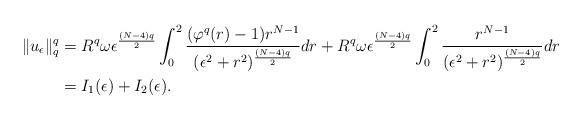
LaTeX: \begin{align*} \|u_{\epsilon}\|_{q}^{q}&=R^{q}\omega\epsilon^{\frac{(N-4)q}{2}}\int_{0}^{2}\frac{(\varphi^{q}(r)-1)r^{N-1}}{(\epsilon^{2}+r^{2})^{\frac{(N-4)q}{2}}}dr+R^{q}\omega\epsilon^{\frac{(N-4)q}{2}}\int_{0}^{2}\frac{r^{N-1}}{(\epsilon^{2}+r^{2})^{\frac{(N-4)q}{2}}}dr\\ &=I_{1}(\epsilon)+I_{2}(\epsilon).\\ \end{align*}